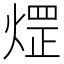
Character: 𤌗